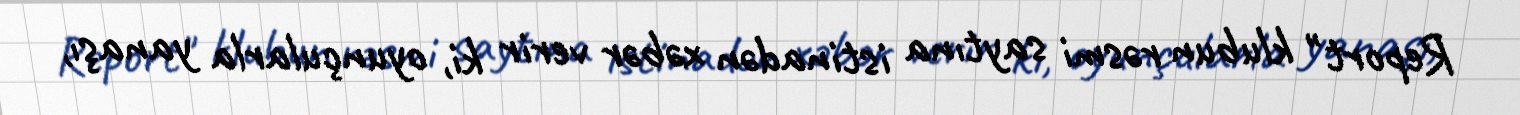
Report" klubun rəsmi saytına istinadən xəbər verir ki, oyunçularla yanaşı,